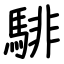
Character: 騑